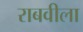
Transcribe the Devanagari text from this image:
राबवीला